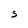
Character: S